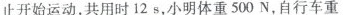
止开始运动，共用时12s，小明体重500N，自行车重